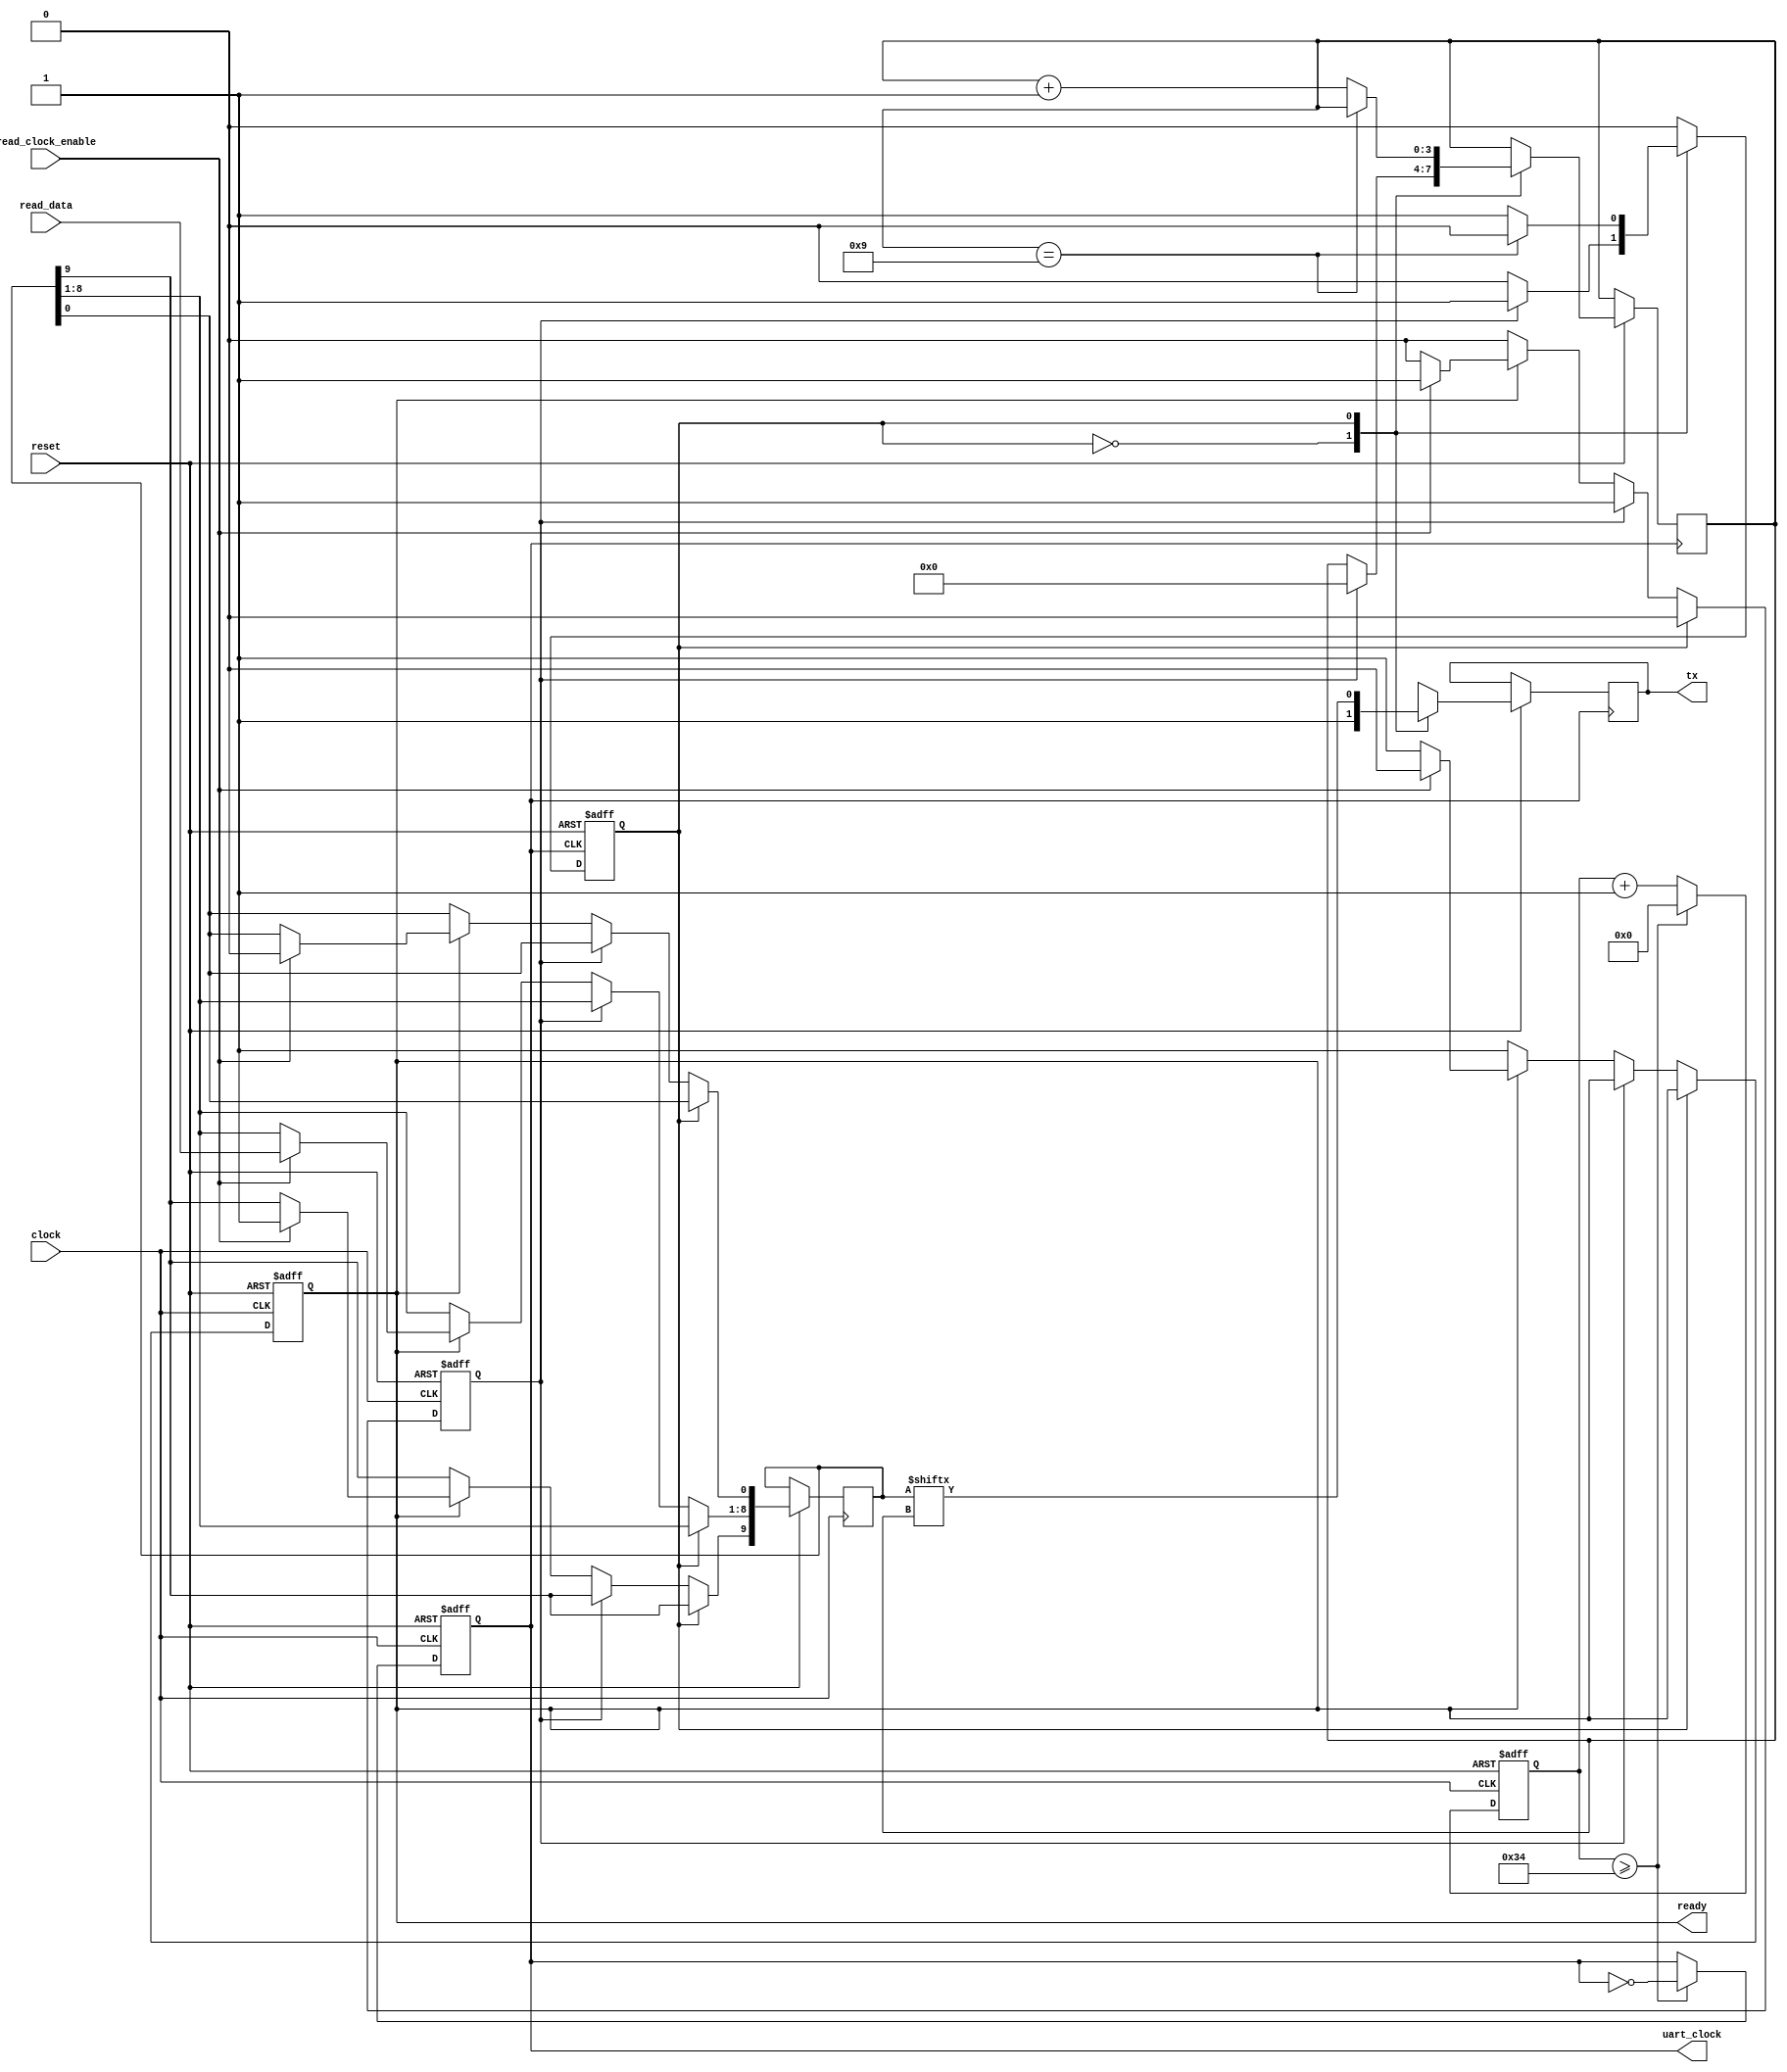

module uart_tx #(parameter CLOCK_FREQ = 12_000_000, BAUD_RATE = 115_200)
	(
	input clock,
	input [7:0] read_data,
	input read_clock_enable,
	input reset, /* active low */
	output reg ready, /* ready to read new data */
	output reg tx,
	output reg uart_clock);

	reg [9:0] data;

	localparam CLOCKS_PER_BIT = CLOCK_FREQ / BAUD_RATE / 2;
	reg [24:0] divider;

	reg new_data;
	reg state;
	reg [3:0] bit_pos; /* which is the next bit we transmit */

	localparam IDLE = 1'h0, DATA = 1'h1;

	always @(negedge reset or posedge clock) begin
		if (~reset) begin
			uart_clock <= 0;
			divider <= 0;
		end
		else if (divider >= CLOCKS_PER_BIT) begin
			divider <= 0;
			uart_clock <= ~uart_clock;
		end
		else
			divider <= divider + 1;
	end

	always @(negedge clock or negedge reset) begin
		if (~reset) begin
			ready <= 0;
			new_data <= 0;
		end
		else begin
			if (state == IDLE) begin
				if (~new_data)
					if (~ready)
						ready <= 1;
					else if (read_clock_enable) begin
						/* stop bit */
						data[0] <= 0;
						data[8:1] <= read_data;
						/* start bit */
						data[9] <= 1;
						new_data <= 1;
						ready <= 0;
					end
			end
			else
				new_data <= 0;
		end
	end

	always @(negedge uart_clock or negedge reset) begin
		if (~reset) begin
			state <= IDLE;
		end
		else begin
			case (state)
				IDLE: begin
					tx <= 1;
					if (new_data) begin
						state <= DATA;
						bit_pos <= 0;
					end
				end
				DATA: begin
					tx <= data[bit_pos];
					if (bit_pos == 9)
						state <= IDLE;
					else
						bit_pos <= bit_pos + 1;
				end
			endcase
		end
	end
endmodule